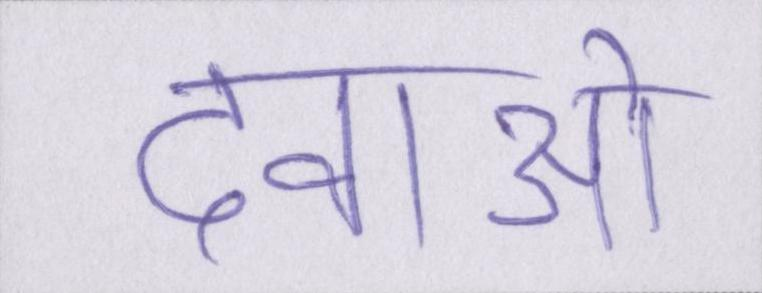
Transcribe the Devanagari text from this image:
दवाओं